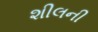
શીલની